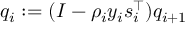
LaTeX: q _ { i } : = ( I - \rho _ { i } y _ { i } s _ { i } ^ { \top } ) q _ { i + 1 }